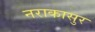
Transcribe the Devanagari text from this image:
नराकासुर